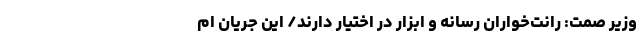
وزیر صمت: رانت‌خواران رسانه و ابزار در اختیار دارند/ این جریان ام